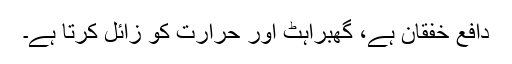
دافع خفقان ہے، گھبراہٹ اور حرارت کو زائل کرتا ہے۔